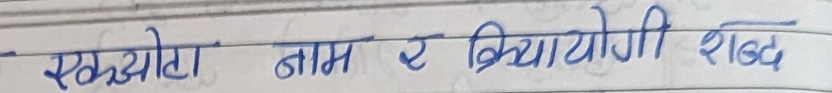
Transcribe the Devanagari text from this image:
एकछोटा नाम र क्रियायोगी शब्द